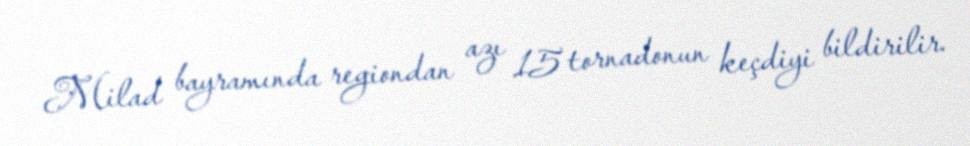
Milad bayramında regiondan azı 15 tornadonun keçdiyi bildirilir.